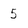
Character: 5